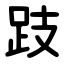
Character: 跂